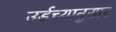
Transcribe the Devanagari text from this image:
उर्डच्यानुसार